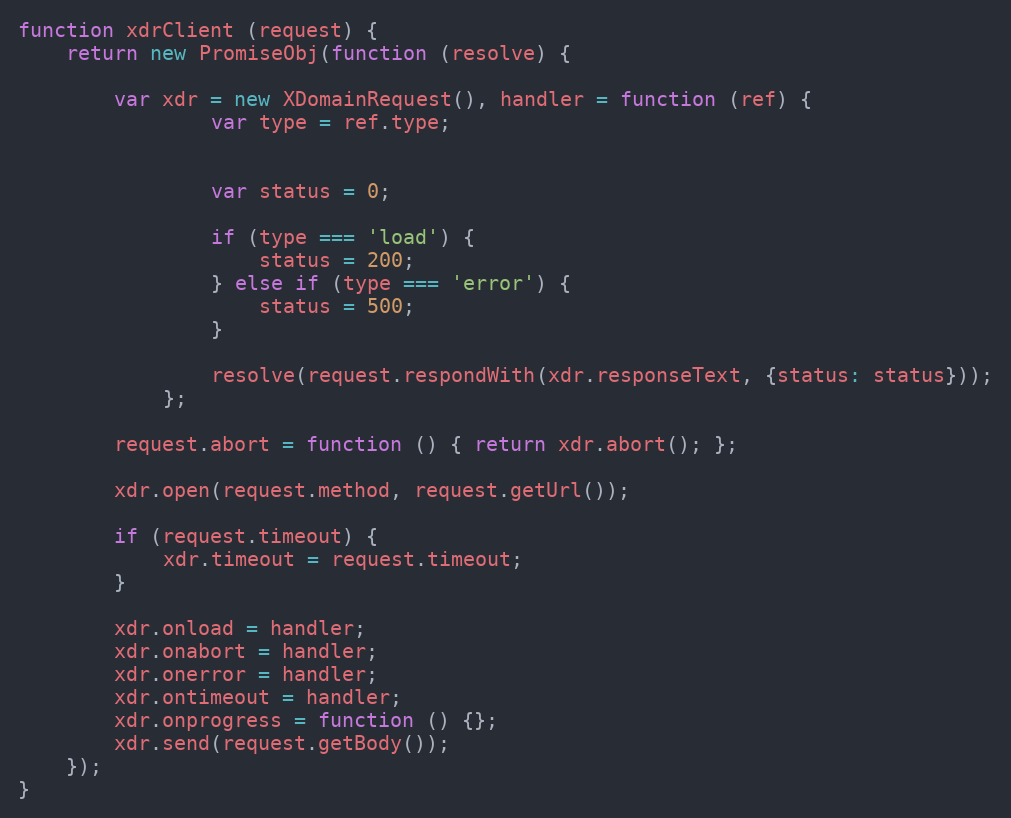
Language: JavaScript
function xdrClient (request) {
    return new PromiseObj(function (resolve) {

        var xdr = new XDomainRequest(), handler = function (ref) {
                var type = ref.type;

                var status = 0;

                if (type === 'load') {
                    status = 200;
                } else if (type === 'error') {
                    status = 500;
                }

                resolve(request.respondWith(xdr.responseText, {status: status}));
            };

        request.abort = function () { return xdr.abort(); };

        xdr.open(request.method, request.getUrl());

        if (request.timeout) {
            xdr.timeout = request.timeout;
        }

        xdr.onload = handler;
        xdr.onabort = handler;
        xdr.onerror = handler;
        xdr.ontimeout = handler;
        xdr.onprogress = function () {};
        xdr.send(request.getBody());
    });
}